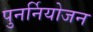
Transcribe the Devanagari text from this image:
पुनर्नियोजन